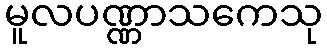
မူလပဏ္ဏာသကေသု